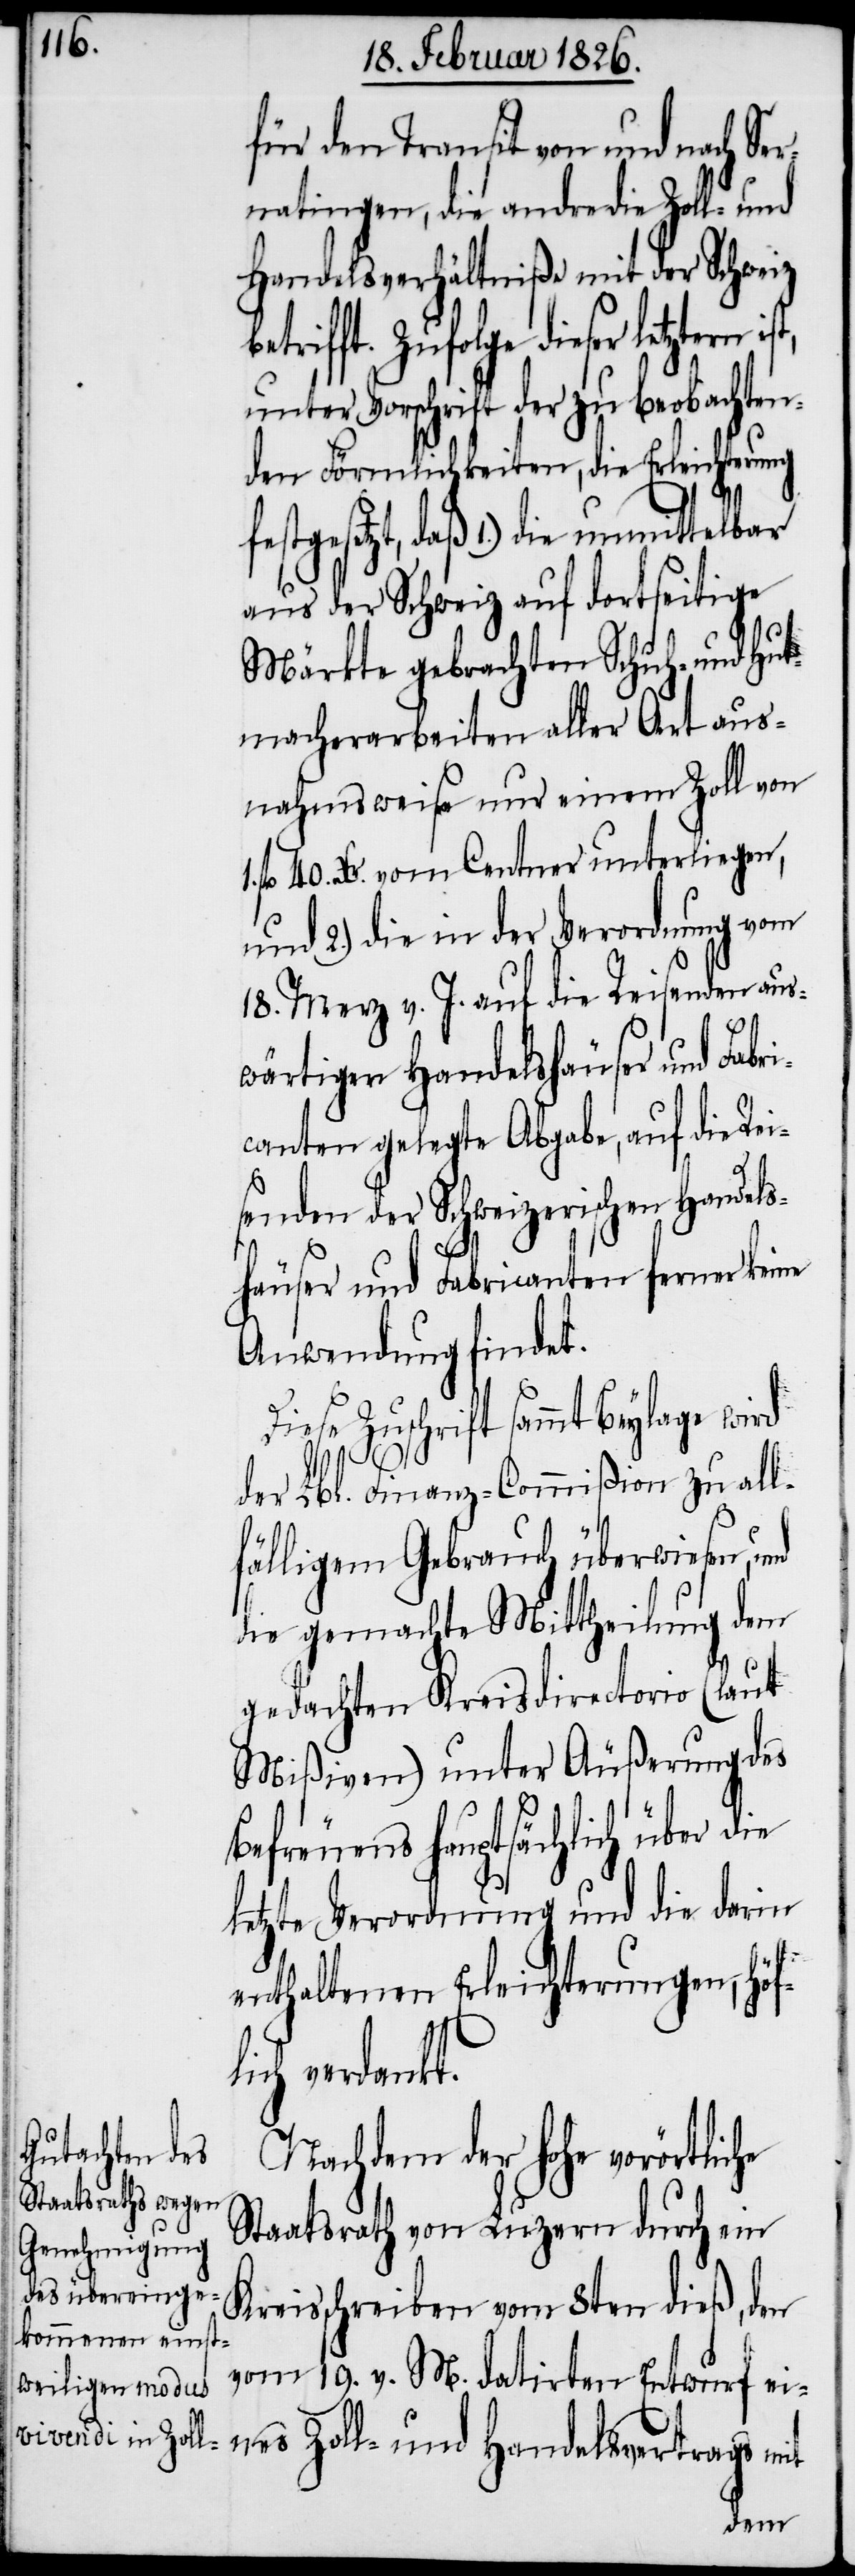
für den Transit von und nach Ser¬
natingen, die andre die Zoll- und
Handelsverhältniße mit der Schweiz
festgesetzt, daß 1.) di¬
unter Vorschrift der zu beobachten¬
den Förmlichkeiten, die Erleichterung
e unmittelbar
aus der Schweiz auf dortseitige
Märkte gebrachten Schuh- und Hut¬
macherarbeiten aller Art aus¬
nahmsweise nur einem Zoll von
fl. 40. Kr. vom Centner unterliegen,
und 2.) die in der Verordnung vom
18. Merz v. J. auf die Reisenden aus¬
wärtiger Handelshäuser und Fabri¬
canten gelegte Abgabe, auf die Rei¬
senden der Schweizerischen Handels¬
häuser und Fabricanten ferner kei¬
Anwendung findet.
iese Zuschrift sammt Beylage wird
der Lbl. Finanz-Commißion zu all¬
fälligem Gebrauch überwiesen,
die gemachte Mittheilung dem
gedachten Kreisdirectorio (laut
Mißiven) unter Äußerung des
l¬
Befreuens hauptsächlich über die
letzte Verordnung und die darin
enthaltenen Erleichterungen, höf¬
ich verdankt.
Nachdem der hohe vorörtliche
Staatsrath von Luzern durch ein
Kreisschreiben vom 8ten dieß, den
vom 19. v. M. datirten Entwurf ei¬
nes Zoll- und Handelsvertrags mit